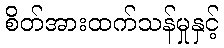
စိတ်အားထက်သန်မှုနှင့်